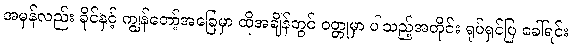
အမှန်လည်း ခိုင်နှင့် ကျွန်တော့်အခြေမှာ ထိုအချိန်တွင် ဝတ္တုမှာ ပါသည့်အတိုင်း ရုပ်ရှင်ပြ ခေါ်ရင်း